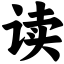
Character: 读